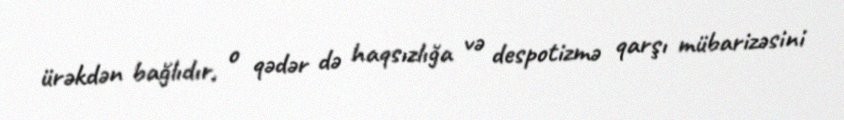
ürəkdən bağlıdır, o qədər də haqsızlığa və despotizmə qarşı mübarizəsini